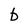
Character: b